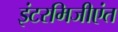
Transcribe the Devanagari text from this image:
इंटरमिजीएंत